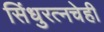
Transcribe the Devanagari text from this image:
सिंधुरत्नचेही